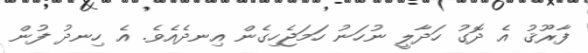
ފާރޫޤު އެ ދޮގު ހަދާލީ ނުހަނު ހަމަޖެހިގެން އިނދެއެވެ. އެ ހިނދު ފުން